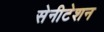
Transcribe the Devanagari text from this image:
सेनीटेशन